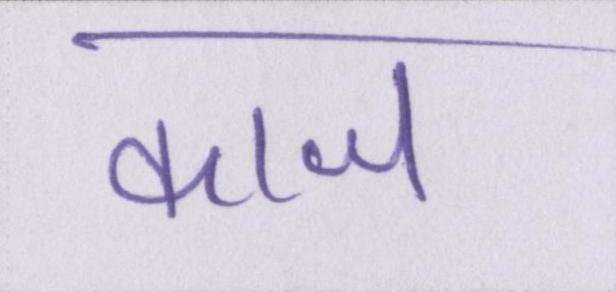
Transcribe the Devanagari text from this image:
काज